Civil Veterinary Department. United Provinces 1932-42 - 1932-1942
Year: 1932
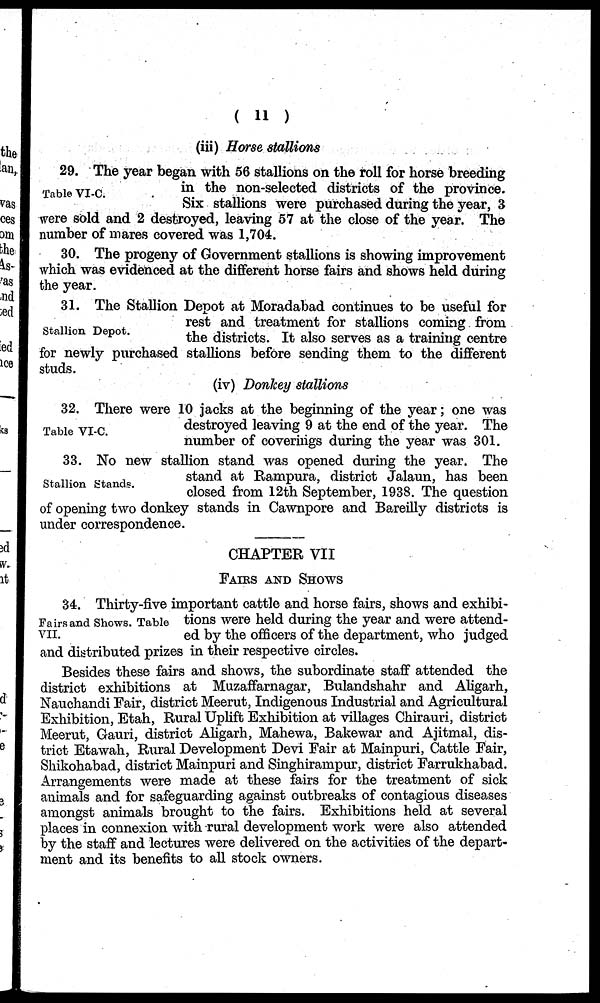
(11)
(iii) Horse stallions
Table VI-C.
29. The year began with 56 stallions on the roll for horse breeding
in the non-selected districts of the province.
Six stallions were purchased during the year, 3
were sold and 2 destroyed, leaving 57 at the close of the year. The
number of mares covered was 1,704.
30. The progeny of Government stallions is showing improvement
which was evidenced at the different horse fairs and shows held during
the year.
Stallion Depot.
31. The Stallion Depot at Moradabad continues to be useful for
rest and treatment for stallions coming from
the districts. It also serves as a training centre
for newly purchased stallions before sending them to the different
studs.
(iv) Donkey stallions
Table VI-C.
32. There were 10 jacks at the beginning of the year; one was
destroyed leaving 9 at the end of the year. The
number of coverings during the year was 301.
Stallion Stands.
33. No new stallion stand was opened during the year. The
stand at Rampura, district Jalaun, has been
closed from 12th September, 1938. The question
of opening two donkey stands in Cawnpore and Bareilly districts is
under correspondence.
CHAPTER VII
FAIRS AND SHOWS
Fairs and Shows. Table
VII.
34. Thirty-five important cattle and horse fairs, shows and exhibi-
tions were held during the year and were attend-
ed by the officers of the department, who judged
and distributed prizes in their respective circles.
Besides these fairs and shows, the subordinate staff attended the
district exhibitions at Muzaffarnagar, Bulandshahr and Aligarh,
Nauchandi Fair, district Meerut, Indigenous Industrial and Agricultural
Exhibition, Etah, Rural Uplift Exhibition at villages Chirauri, district
Meerut, Gauri, district Aligarh, Mahewa, Bakewar and Ajitmal, dis-
trict Etawah, Rural Development Devi Fair at Mainpuri, Cattle Fair,
Shikohabad, district Mainpuri and Singhirampur, district Farrukhabad.
Arrangements were made at these fairs for the treatment of sick
animals and for safeguarding against outbreaks of contagious diseases
amongst animals brought to the fairs. Exhibitions held at several
places in connexion with rural development work were also attended
by the staff and lectures were delivered on the activities of the depart-
ment and its benefits to all stock owners.